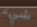
شيء